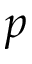
p